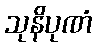
သုနိပုဏံ